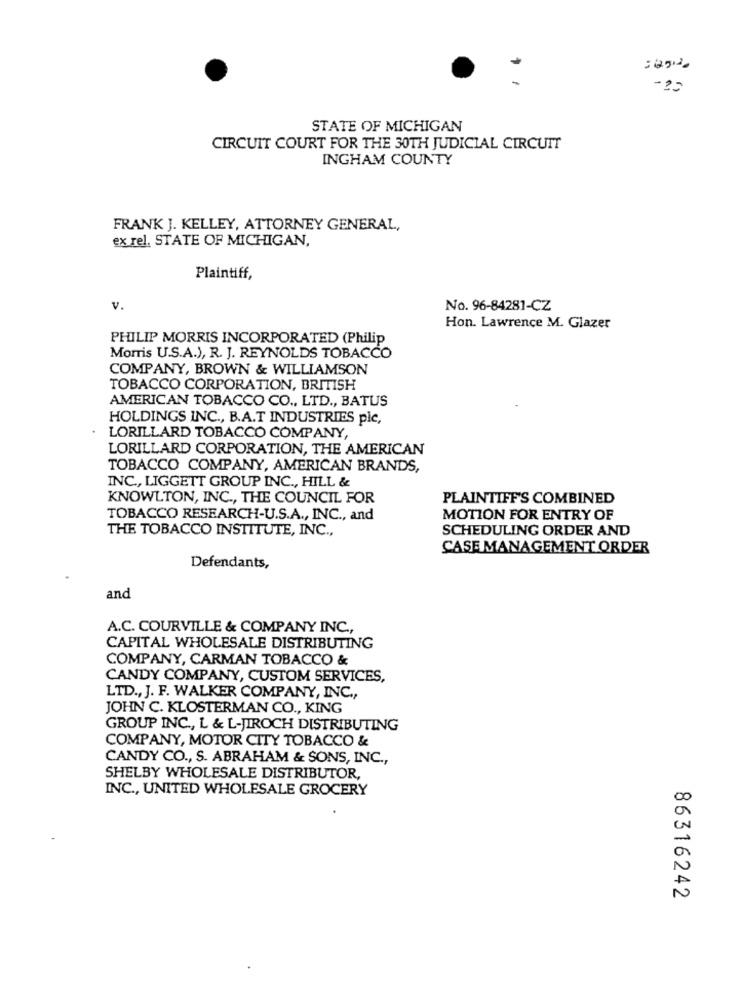
:2512
-20
STATE OF MICHIGAN
CIRCUIT COURT FOR THE 30TH JUDICIAL CIRCUIT
INGHAM COUNTY
FRANK J. KELLEY, ATTORNEY GENERAL,
ex rel. STATE OF MICHIGAN,
Plaintiff,
v.
No. 96-84281-CZ
Hon. Lawrence M. Glazer
PHILIP MORRIS INCORPORATED (Philip
Morris U.S.A.), R. J. REYNOLDS TOBACCO
COMPANY, BROWN & WILLIAMSON
TOBACCO CORPORATION, BRITISH
AMERICAN TOBACCO CO ., LTD ., BATUS
HOLDINGS INC ., B.A.T INDUSTRIES pic,
LORILLARD TOBACCO COMPANY,
LORILLARD CORPORATION, THE AMERICAN
TOBACCO COMPANY, AMERICAN BRANDS,
INC ., LIGGETT GROUP INC ., HILL &
KNOWLTON, INC ., THE COUNCIL FOR
PLAINTIFF'S COMBINED
TOBACCO RESEARCH-U.S.A ., INC ., and
MOTION FOR ENTRY OF
THE TOBACCO INSTITUTE, INC .,
SCHEDULING ORDER AND
CASE MANAGEMENT ORDER
Defendants,
and
A.C. COURVILLE & COMPANY INC .,
CAPITAL WHOLESALE DISTRIBUTING
COMPANY, CARMAN TOBACCO &
CANDY COMPANY, CUSTOM SERVICES,
LTD ., J. F. WALKER COMPANY, INC .,
JOHN C. KLOSTERMAN CO ., KING
GROUP INC ., L & L-JIROCH DISTRIBUTING
COMPANY, MOTOR CITY TOBACCO &
CANDY CO ., S. ABRAHAM & SONS, INC .,
SHELBY WHOLESALE DISTRIBUTOR,
INC ., UNITED WHOLESALE GROCERY
86316242